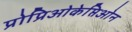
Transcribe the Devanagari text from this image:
प्रोप्रिओकेप्तिओन